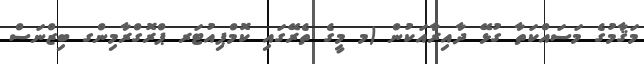
މަޤާމުގެ މަސައްކަތާ ގުޅޭ ދާއިރާއަކުން (މ މީގެ ތެރޭގައި ކޮމްޕިއުޓަރ ޕްރޮގްރާމިންގ ބިޒްނަސް